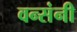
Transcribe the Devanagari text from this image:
वन्संनी